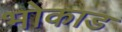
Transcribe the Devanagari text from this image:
भोकाड